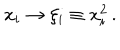
x _ { i } \rightarrow \xi _ { i } \equiv x _ { i } ^ { 2 } \, .